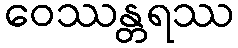
ဝေဿန္တရဿ